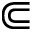
\Subset